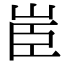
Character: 𦣟